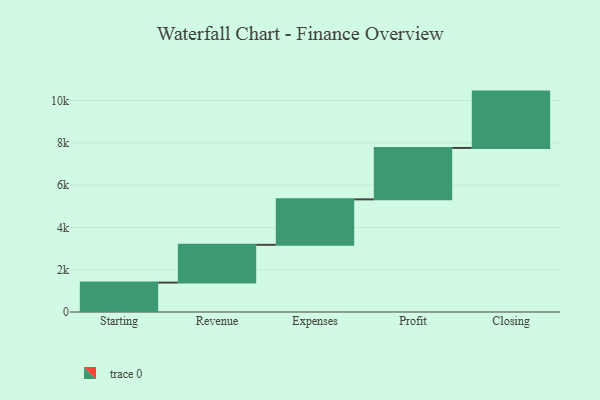
{"axis": {"x": "Step", "y": "Value"}, "legend": [""], "data": [{"x": "Starting", "y": 1390.0, "type": ""}, {"x": "Revenue", "y": 1788.0, "type": ""}, {"x": "Expenses", "y": 2150.0, "type": ""}, {"x": "Profit", "y": 2432.0, "type": ""}, {"x": "Closing", "y": 2665.0, "type": ""}]}